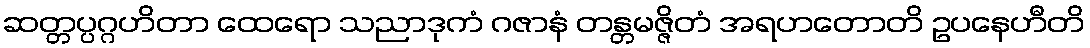
ဆတ္တပ္ပဂ္ဂဟိတာ ထေရော သညာဒုကံ ဂဇာနံ တန္တမဇ္ဇိတံ အရဟတောတိ ဥပနေဟီတိ